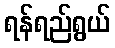
ရန်ရည်ရွယ်